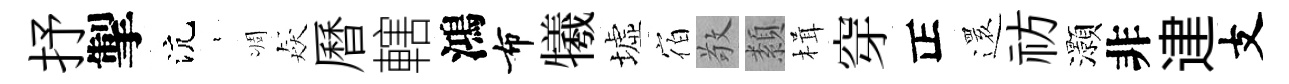
抒掣沆裊凋猋曆轄鴻布犧墟宿敬纇楫穿正𮟃祊灝非䢖支